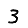
Digit: 3